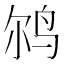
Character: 𲍰